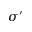
\sigma ^ { \prime }